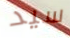
سيد